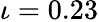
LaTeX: \iota=0.23